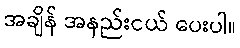
အချိန် အနည်းငယ် ပေးပါ။